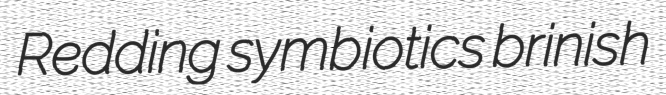
Redding symbiotics brinish